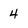
Character: 4